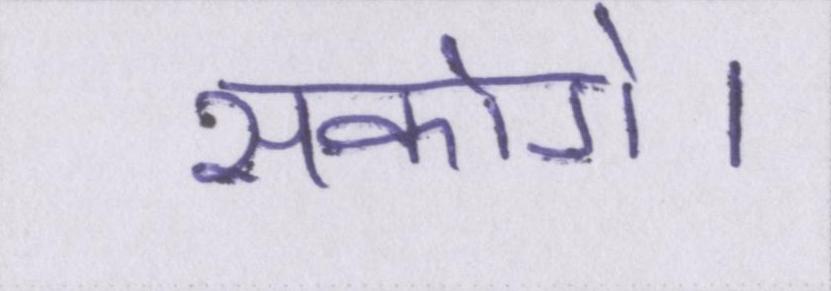
सकोगे।